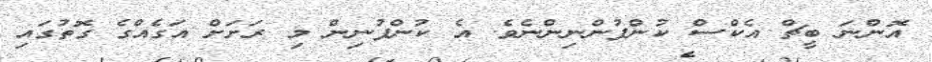
އޮންނަ ބީޗް އެކްސް ކުންފުންނިންނެވެ. އެ ކުންފުނިން މި ރަށަށް އަގެއްގެ ގޮތުގައި